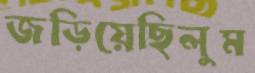
জড়িয়েছিলুম